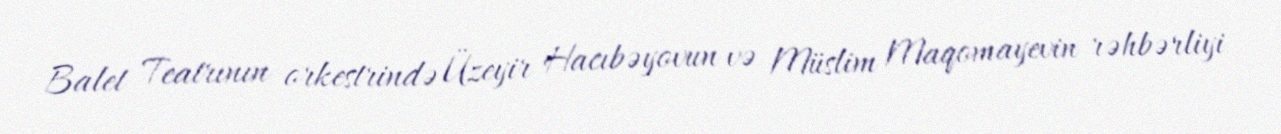
Balet Teatrının orkestrində Üzeyir Hacıbəyovun və Müslim Maqomayevin rəhbərliyi